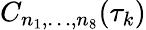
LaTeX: C_{n_{1},\ldots,n_{8}}(\tau_{k})